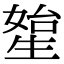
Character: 𤯯